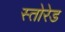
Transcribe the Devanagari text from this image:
स्तोरेड